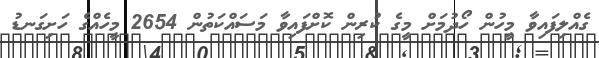
ގެއްލިފައިވާ މީހުން ހޯދުމަށް މީގެ ކުރިން ކޮށްފައިވާ މަސައްކަތުން 2654 މީހެއްގެ ހަށިގަނޑު